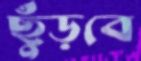
ছুঁড়বে